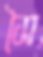
সৈ